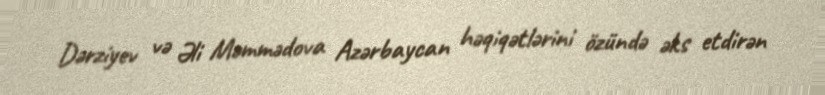
Dərziyev və Əli Məmmədova Azərbaycan həqiqətlərini özündə əks etdirən